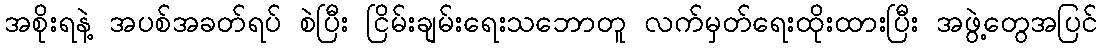
အစိုးရနဲ့ အပစ်အခတ်ရပ် စဲပြီး ငြိမ်းချမ်းရေးသဘောတူ လက်မှတ်ရေးထိုးထားပြီး အဖွဲ့တွေအပြင်